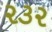
૨૩૨